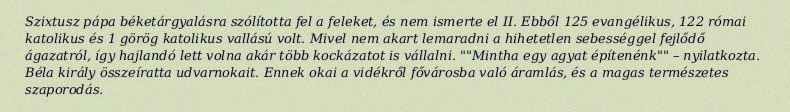
Szixtusz pápa béketárgyalásra szólította fel a feleket, és nem ismerte el II. Ebből 125 evangélikus, 122 római katolikus és 1 görög katolikus vallású volt. Mivel nem akart lemaradni a hihetetlen sebességgel fejlődő ágazatról, így hajlandó lett volna akár több kockázatot is vállalni. ""Mintha egy agyat építenénk"" – nyilatkozta. Béla király összeíratta udvarnokait. Ennek okai a vidékről fővárosba való áramlás, és a magas természetes szaporodás.